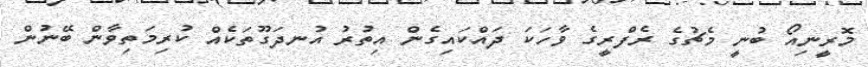
މޮރީނިއޯ ބުނީ މެޗުގެ ރެފްރީގެ ވާހަކަ ދައްކައިގެން އިތުރު އުނދަގޫތަކެއް ކުރިމަތިވާން ބޭނުން